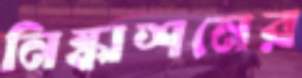
নিষ্কাশনের